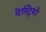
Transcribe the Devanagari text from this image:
पेस्ट्रियों